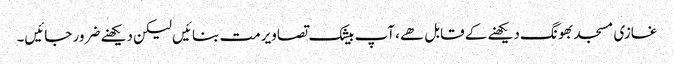
غازی مسجد بھونگ دیکھنے کے قابل ھے، آپ بیشک تصاویر مت بنائیں لیکن دیکھنے ضرور جائیں۔